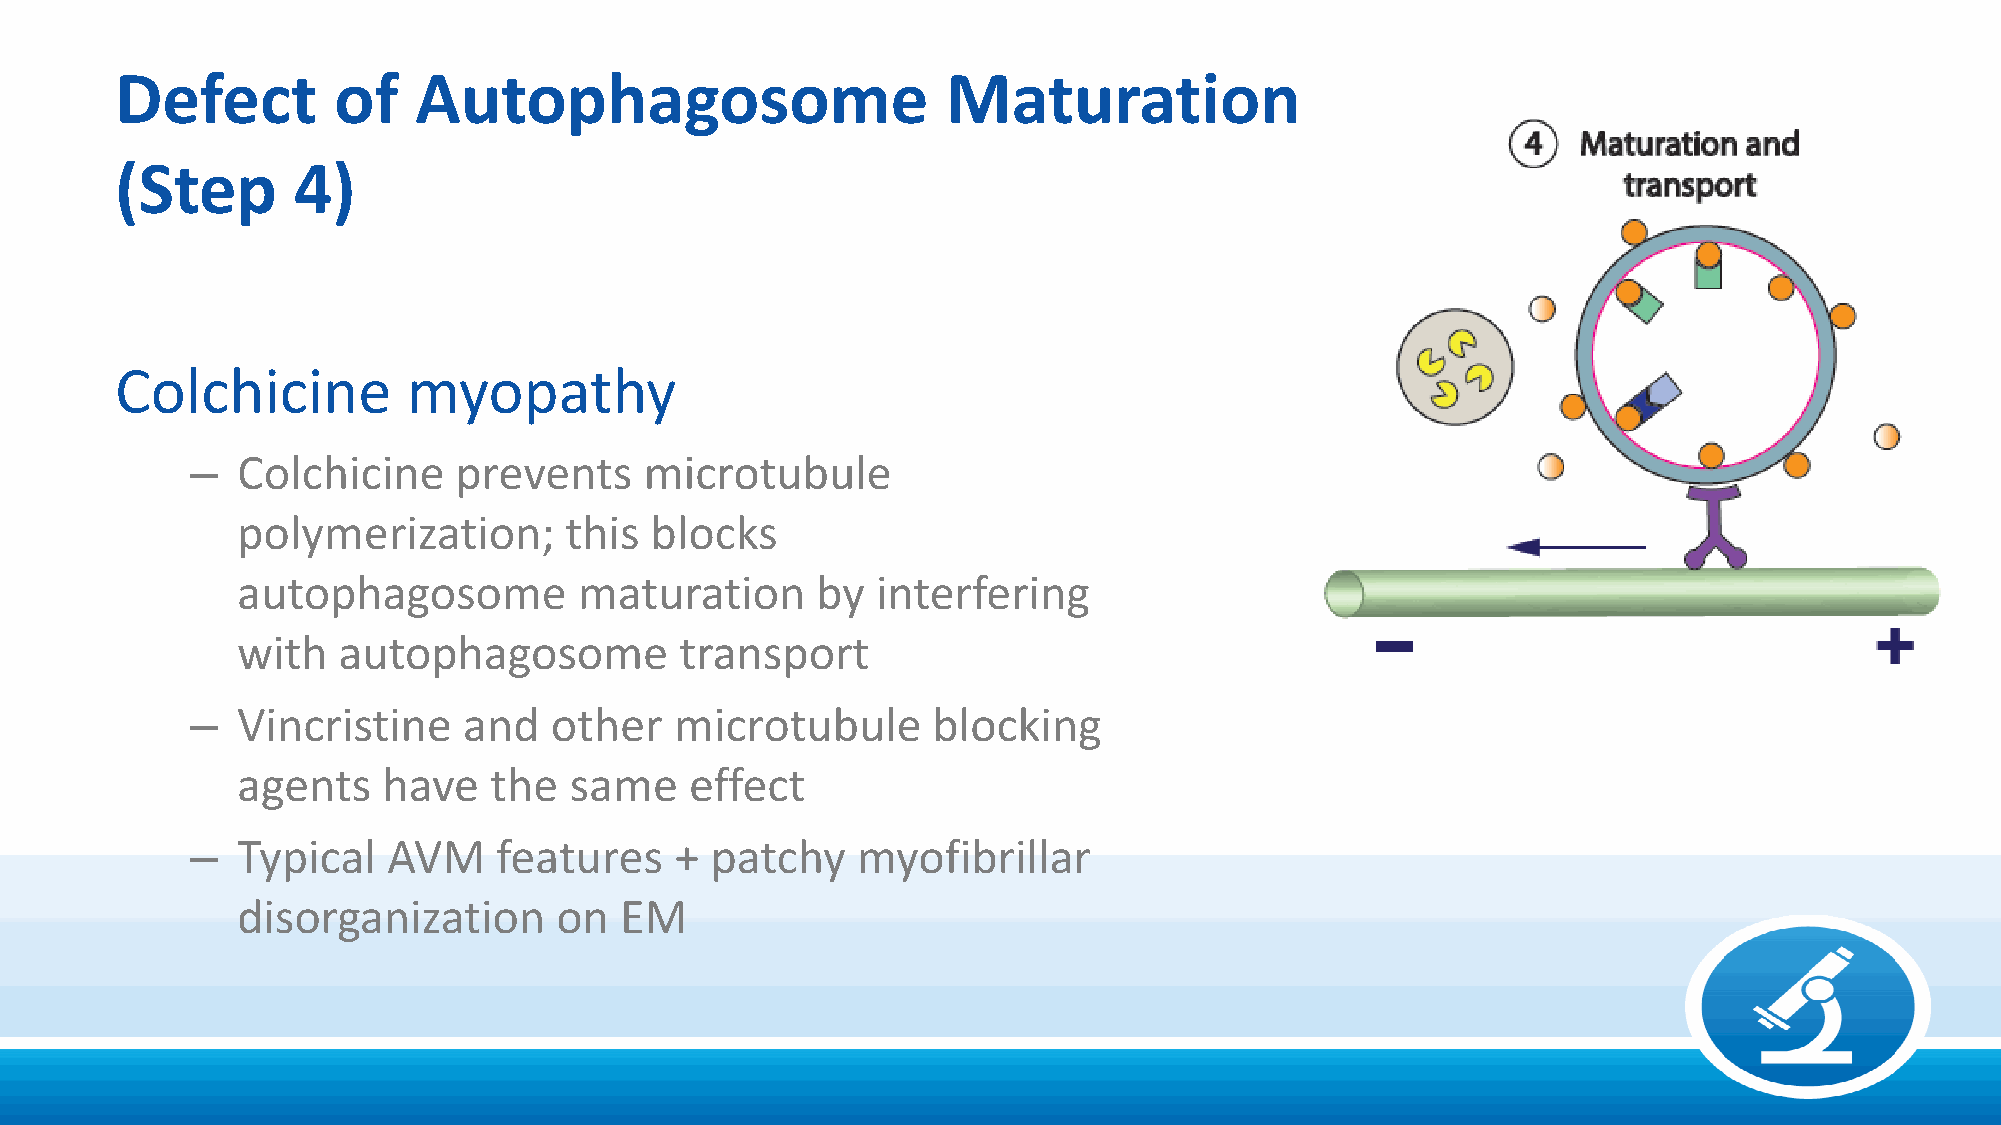
Defect        of   Autophagosome                       Maturation
 (Step      4)
 Colchicine         myopathy
 –  Colchicine    prevents     microtubule
 polymerization;      this  blocks
 autophagosome         maturation      by  interfering
 with  autophagosome          transport
 –  Vincristine    and  other    microtubule      blocking
 agents   have   the   same    effect
 –  Typical   AVM    features    + patchy    myofibrillar
 disorganization      on  EM